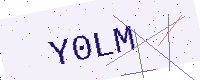
Text: Y0LM